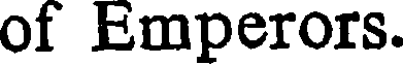
of Emperors.